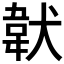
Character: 𩎓